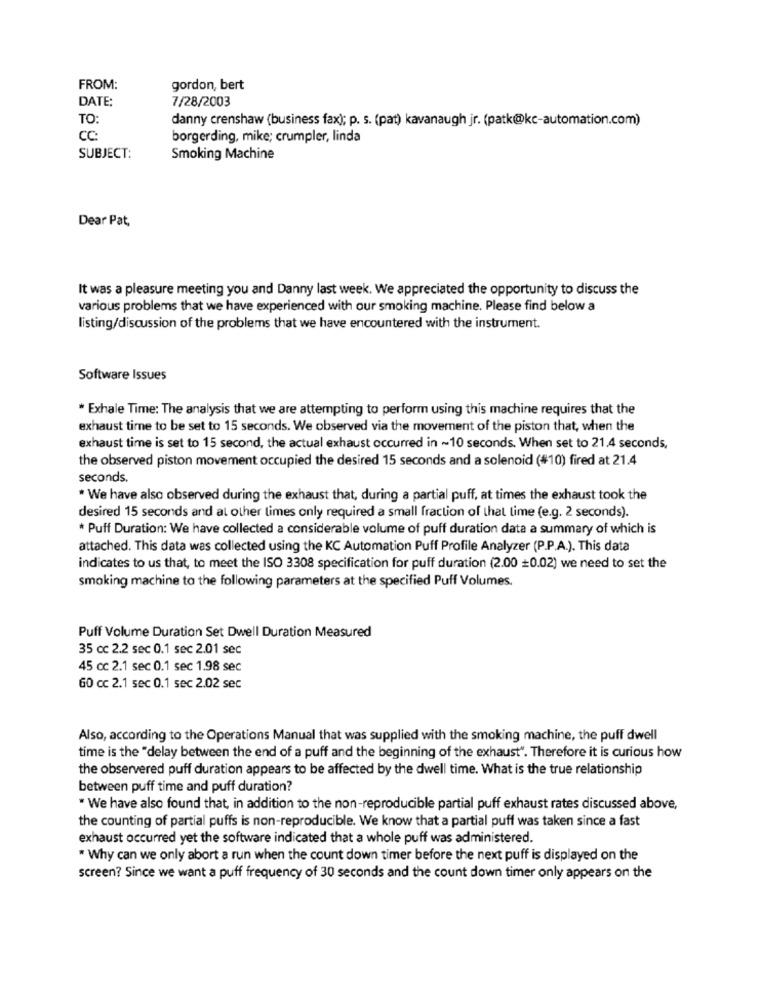
FROM:
gordon, bert
DATE:
7/28/2003
TO:
danny crenshaw (business fax); p. s. (pat) kavanaugh jr. (patk@kc-automation.com)
CC:
borgerding, mike; crumpler, linda
SUBJECT:
Smoking Machine
Dear Pat,
It was a pleasure meeting you and Danny last week. We appreciated the opportunity to discuss the
various problems that we have experienced with our smoking machine. Please find below a
listing/discussion of the problems that we have encountered with the instrument.
Software Issues
* Exhale Time: The analysis that we are attempting to perform using this machine requires that the
exhaust time to be set to 15 seconds. We observed via the movement of the piston that, when the
exhaust time is set to 15 second, the actual exhaust occurred in ~10 seconds. When set to 21.4 seconds,
the observed piston movement occupied the desired 15 seconds and a solenoid (#10) fired at 21.4
seconds.
* We have also observed during the exhaust that, during a partial puff, at times the exhaust took the
desired 15 seconds and al other times only required a small fraction of that time (e.g. 2 seconds).
* Puff Duration: We have collected a considerable volume of puff duration data a summary of which is
attached. This data was collected using the KC Automation Puff Profile Analyzer (P.P.A.). This data
indicates to us that, to meet the ISO 3308 specification for puff duration (2.00 =0.02) we need to set the
smoking machine to the following parameters at the specified Puff Volumes.
Puff Volume Duration Set Dwell Duration Measured
35 cc 2.2 sec 0.1 sec 2.01 sec
45 cc 2.1 sec 0.1 sec 1.98 sec
60 cc 2.1 sec 0.1 sec 2.02 sec
Also, according to the Operations Manual that was supplied with the smoking machine, the puff dwell
time is the "delay between the end of a puff and the beginning of the exhaust". Therefore it is curious how
the observered puff duration appears to be affected by the dwell time. What is the true relationship
between puff time and puff duration?
* We have also found that, in addition to the non-reproducible partial puff exhaust rates discussed above,
the counting of partial puffs is non-reproducible. We know that a partial puff was taken since a fast
exhaust occurred yet the software indicated that a whole puff was administered.
* Why can we only abort a run when the count down timer before the next puff is displayed on the
screen? Since we want a puff frequency of 30 seconds and the count down timer only appears on the